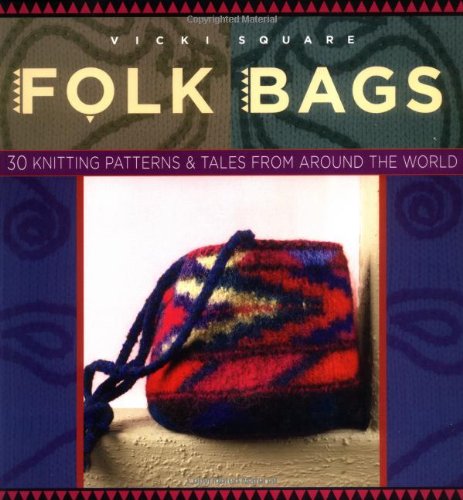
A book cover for Folk Bags (Folk Knitting series); Vicki Square; Crafts, Hobbies & Home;